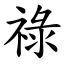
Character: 祿